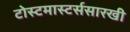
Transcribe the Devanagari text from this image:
टोस्टमास्टर्ससारखी